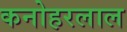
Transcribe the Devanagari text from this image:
कनोहरलाल